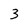
Character: 3